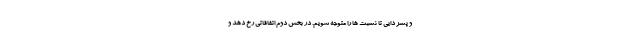
و پسر دایی تا نسبت ها را متوجه شویم. در بخش دوم اتفاقاتی رخ دهد و